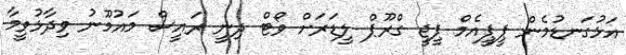
އަޅުގަނޑުމެން ޕީޕީއެމް ޕީޖީ ގްރޫޕް ލީޑަރަށް ވޯޓް ދިނީ ރައީސް މައުމޫނު ވިދާޅުވީމާ